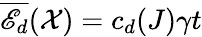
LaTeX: \overline{{\mathscr{E}_{d}}}(\mathcal{X})=c_{d}(J)\gamma t